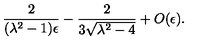
{ \frac { 2 } { ( \lambda ^ { 2 } - 1 ) \epsilon } } - { \frac { 2 } { 3 \sqrt { \lambda ^ { 2 } - 4 } } } + O ( \epsilon ) .